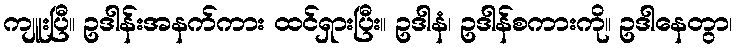
ကျူးပြီ။ ဥဒါန်းအနက်ကား ထင်ရှားပြီး။ ဥဒါနံ၊ ဥဒါန်စကားကို။ ဥဒါနေတွာ၊